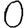
Digit: 0